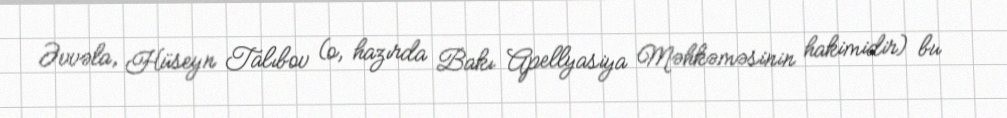
Əvvəla, Hüseyn Talıbov (o, hazırda Bakı Apellyasiya Məhkəməsinin hakimidir) bu